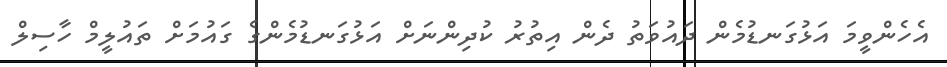
އެހެންވީމަ އަޅުގަނޑުމެން ދައުވަތު ދެން އިތުރު ކުދިންނަށް އަޅުގަނޑުމެންގެ ގައުމަށް ތައުލީމް ހާސިލް